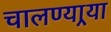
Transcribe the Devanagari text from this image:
चालण्यार्‍या